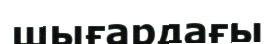
шығардағы